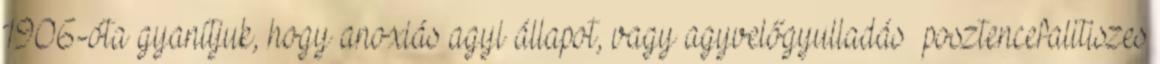
1906-óta gyanítjuk, hogy anoxiás agyi állapot, vagy agyvelőgyulladás posztencefalitiszes